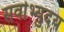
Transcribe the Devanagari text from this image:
सर्वाभ्युदय